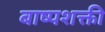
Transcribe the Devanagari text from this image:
बाष्पशक्ती